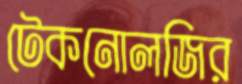
টেকনোলজির